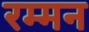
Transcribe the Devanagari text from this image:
रम्मन